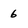
Character: 6